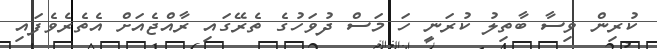
ކުރިން ވިސާ ބާތިލު ކުރަނީ ހަ މަސް ދުވަހުގެ ތެރޭގައި ރާއްޖެއަށް އެތެރެވެފައި